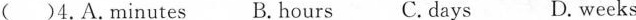
( )4.A.Minutes B.Hours C.days D. weeks